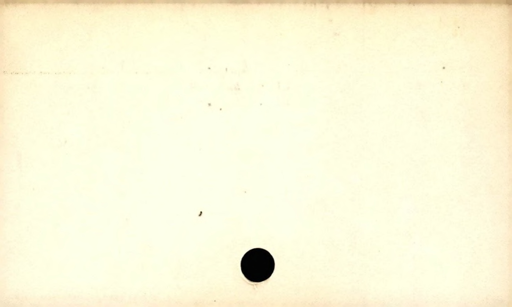
Label: blank